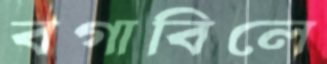
বগাবিলে